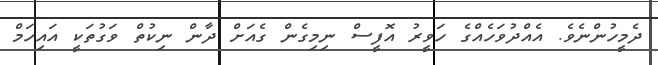
ދެމީހުންނެވެ. އެއްދުވަހެއްގެ ހަވީރު އޮފީސް ނިމިގެން ގެއަށް ދާން ނިކުތް ވަގުތަކީ އައިހަމް